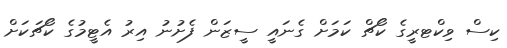
ކިސް ވިކްޓރީގެ ކޯޗް ކަމަށް ގެނައީ ސީޒަން ފެށުނު އިރު އެޓީމުގެ ކޯޗަކަށް